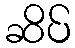
ဆိပ်